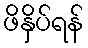
ဖိနှိပ်ရန်